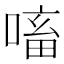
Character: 㗜